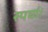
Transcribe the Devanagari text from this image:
स्पर्घा।